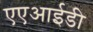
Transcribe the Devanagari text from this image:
एएआईडी